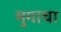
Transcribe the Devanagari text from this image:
मुगाचा